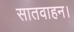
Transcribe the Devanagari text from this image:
सातवाहन।